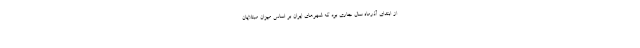
از ابتدای آذرماه سال جاری بود که شهرهای ایران بر اساس میزان مبتلایان